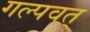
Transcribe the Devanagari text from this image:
गल्पवत्